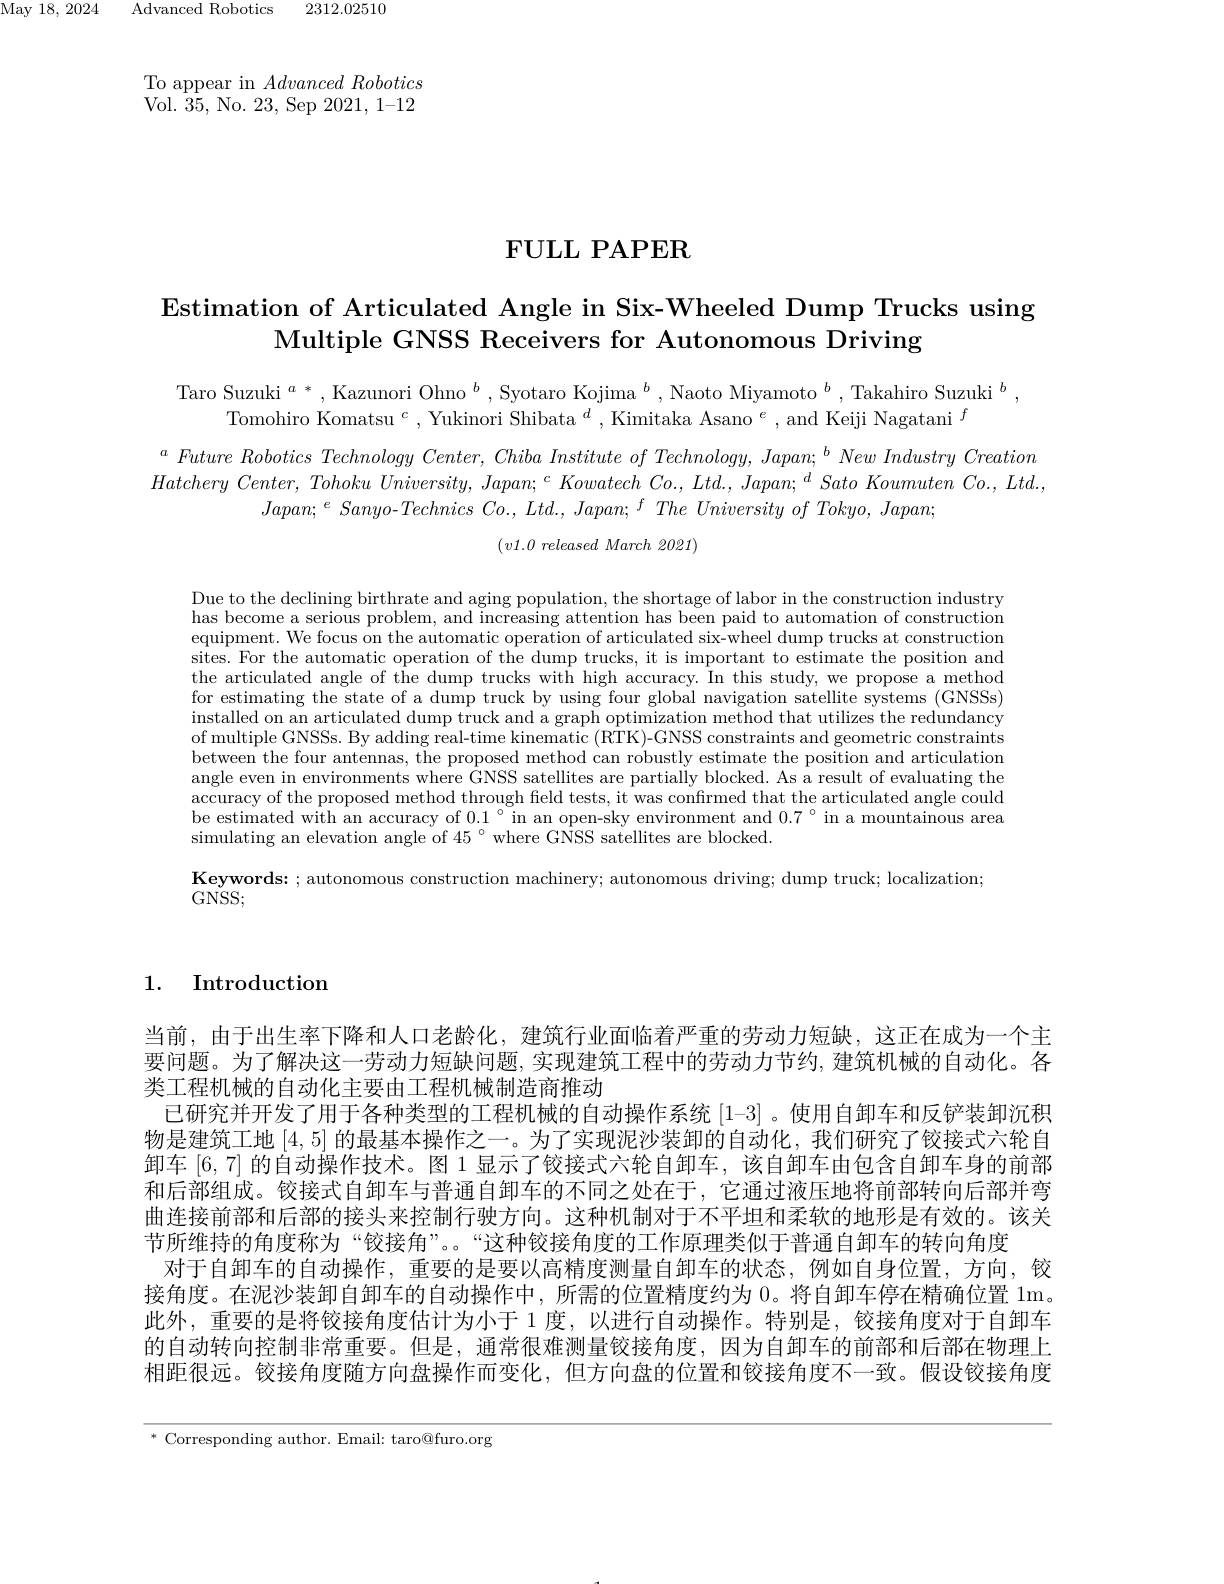
2312.02510

${\mathrm{May~18,~2024}}$

${\mathrm{Advanced~Robotics}}$

To appear in $Advanced\textit{Robotics}$ Vol. 35, No. 23, Sep 2021, 1-12

$\textbf{FULL PAPER}$

Estimation of Articulated Angle in Six-Wheeled Dump Trucks using
Multiple GNSS Receivers for Autonomous Driving

Taro Suzuki $^a*,\text{Kazunori Ohno }^b,\text{Syotaro Kojima }^b,\text{Naoto Miyamoto }^b,\text{Takahiro Suzuki }^b$,
Tomohiro Komatsu $^c,\text{ Yukinori Shibata }^d,\text{Kimitaka Asano }^e,\text{ and Keiji Nagatani }^f$

$^{a}\textit{ Future Robotics Technology Center, Chiba Institute of Technology, Japan; }^{b}New\textit{ Industry Creation}$ Hatchery $Center$, Tohoku $University$, $Japan; \:^{c}$ Kowatech $Co. $, $Ltd. $, $Japan; \:^{d}$ Sato Koumuten $Co. $, $Ltd. $,
$Japan;^{e}Sanyo$-Technics Co., Ltd., Japan; f The University of Tokyo, Japan;

$( v1. 0\textit{released March 2021})$

Due to the declining birthrate and aging population, the shortage of labor in the construction industry has become a serious problem, and increasing attention has been paid to automation of construction equipment. We focus on the automatic operation of articulated six-wheel dump trucks at construction sites. For the automatic operation of the dump trucks, it is important to estimate the position and the articulated angle of the dump trucks with high accuracy. In this study, we propose a method for estimating the state of a dump truck by using four global navigation satellite systems (GNSSs) installed on an articulated dump truck and a graph optimization method that utilizes the redundancy installed on an articulated dump truck and a graph optimization method that utilizes the redu installed on an articulated dump truck and a graph of multiple GNSSs. By adding real-time kinematic (RTK)-GNSS constraints and geometric constraints between the four antennas, the proposed method can robustly estimate the position and articulation angle even in environments where GNSS satellites are partially blocked. As a result of evaluating the accuracy of the proposed method through field tests, it was confirmed that the articulated angle could be estimated wîth an accuracy of $0.1°^{\circ}$in an open-sky environment and $0.7°$ in a mountainous area simulating an elevation angle of $45^\circ$ where GNSS satellites are blocked.
Keywords: ; autonomous construction machinery; autonomous driving; dump truck; localization;
$G\ddot{\mathrm{NSS}};$

1. Introduction

当前，由于出生率下降和人口老龄化，建筑行业面临着严重的劳动力短缺，这正在成为一个主要问题。为了解决这一劳动力短缺问题，实现建筑工程中的劳动力节约，建筑机械的自动化。各类工程机械的自动化主要由工程机械制造商推动
已研究并开发了用于各种类型的工程机械的自动操作系统[1-3] 。使用自卸车和反铲装卸沉积物是建筑工地[4,5]的最基本操作之一。为了实现泥沙装卸的自动化，我们研究了铰接式六轮自卸车[6,7]的自动操作技术。图 1 显示了铰接式六轮自卸车，该自卸车由包含自卸车身的前部和后部组成。铰接式自卸车与普通自卸车的不同之处在于，它通过液压地将前部转向后部并弯曲连接前部和后部的接头来控制行驶方向。这种机制对于不平坦和柔软的地形是有效的。该关节所维持的角度称为““铰接角”。“这种铰接角度的工作原理类似于普通自卸车的转向角度
对于自卸车的自动操作，重要的是要以高精度测量自卸车的状态，例如自身位置，方向，铰接角度。在泥沙装卸自卸车的自动操作中，所需的位置精度约为 0。将自卸车停在精确位置 1m。此外，重要的是将铰接角度估计为小于 1 度，以进行自动操作。特别是，铰接角度对于自卸车的自动转向控制非常重要。但是，通常很难测量铰接角度，因为自卸车的前部和后部在物理上相距很远。铰接角度随方向盘操作而变化，但方向盘的位置和铰接角度不一致。假设铰接角度

$^*$ Corresponding author. Email: taro@furo.org